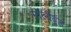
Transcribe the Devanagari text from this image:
मॉलीवुड